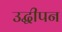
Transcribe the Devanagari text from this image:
उद्धीपन